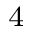
^ { 4 }